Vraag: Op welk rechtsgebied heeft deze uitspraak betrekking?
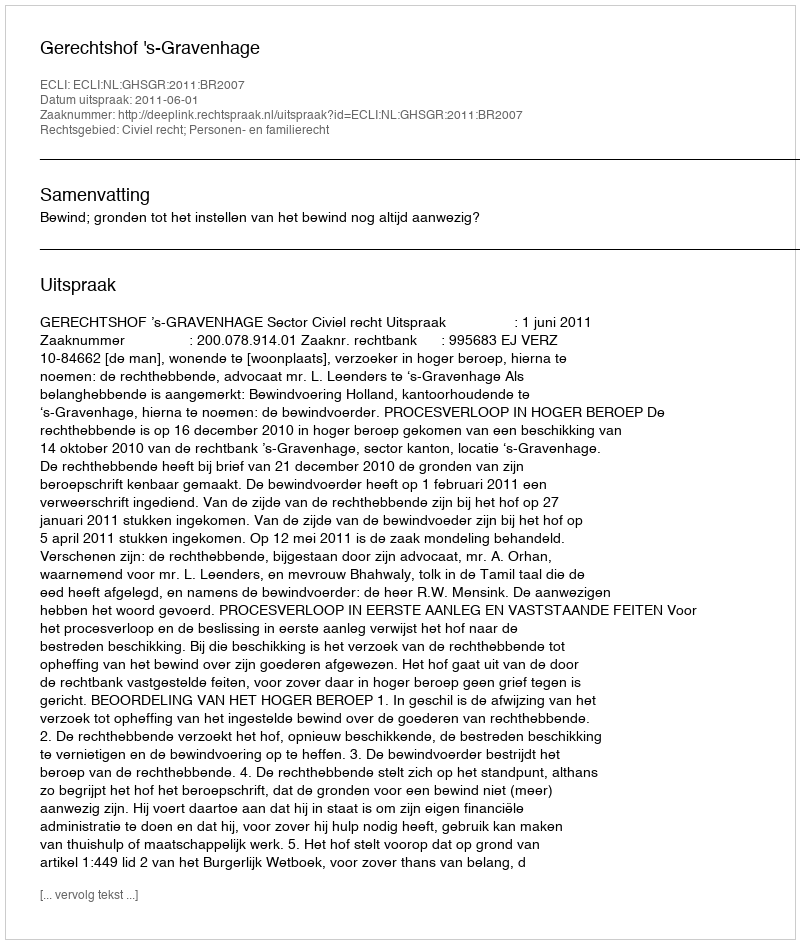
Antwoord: Civiel recht; Personen- en familierecht